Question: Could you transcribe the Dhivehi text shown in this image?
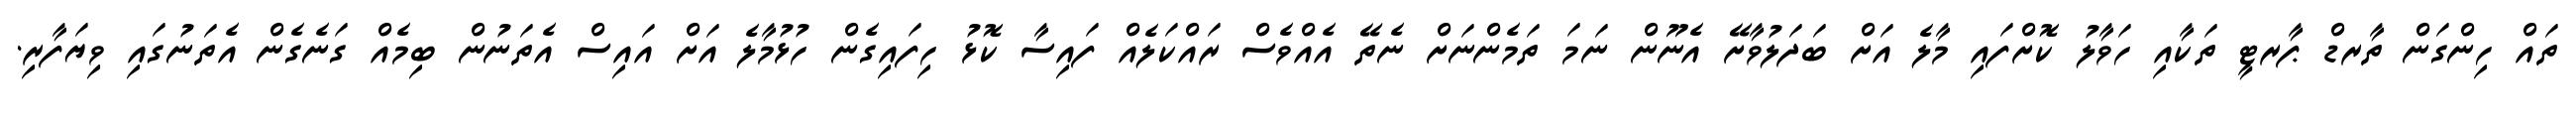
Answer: ތައް ހިންގަން ތާރޑް ޕާރޓީ ތަކާއި ހަވާލު ކޮށްފައި މާލެ އަށް ބަދަލުވާށޭ އެނޫން ނަމަ ތަމެންނަށް ނެތޭ އެއްވެސް ރައްކަލެއް ފައިސާ ކޮޅު ހިފައިގެން ހުޅުމާލެ އަށް އައިސް އެތަނުން ބިމެއް ގަނެގެން އެތަނުގައި ވިޔަފާރި.